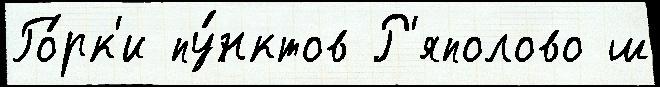
Го́рк'и пу́нктов Р'яполово ш